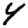
Digit: 4